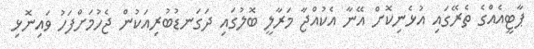
ޕާޓީއެއްގެ ތެރޭގައި އުޅެނިކޮށް އޭނާ އެކުއްޖާ މަރާލީ ބޮލުގައި ދަގަނޑުބުރިއަކުން ޖެހުމަށްފަހު ވައިނޮޅި